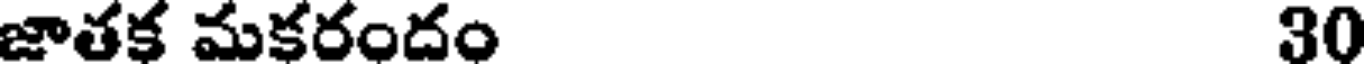
జాతక మకరందం 30